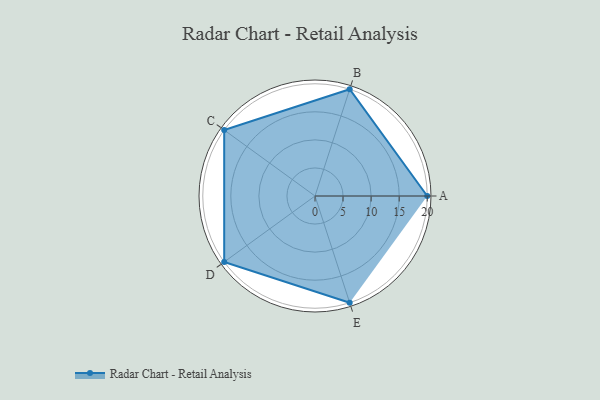
{"axis": {"x": "Skill", "y": "Score"}, "legend": ["Profile"], "data": [{"x": "A", "y": 20, "type": "Profile"}, {"x": "B", "y": 20, "type": "Profile"}, {"x": "C", "y": 20, "type": "Profile"}, {"x": "D", "y": 20, "type": "Profile"}, {"x": "E", "y": 20, "type": "Profile"}]}